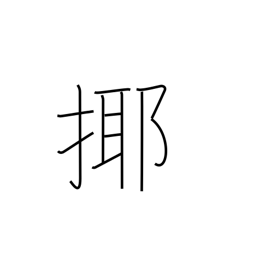
Meaning: play with